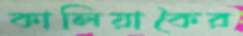
কালিয়াকৈর